Leaving Certificate Examination (including Day School Certificate (Higher) General paper), 1933
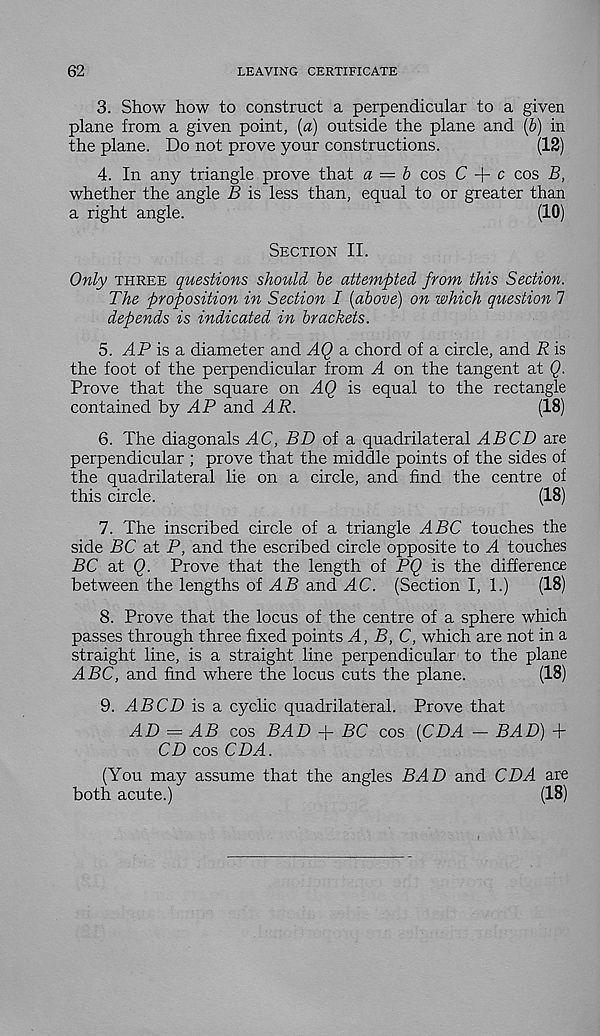
62
LEAVING CERTIFICATE
3. Show how to construct a perpendicular to a given
plane from a given point, [a) outside the plane and (6) in
the plane. Do not prove your constructions.
(12)
4. In any triangle prove that a = b cos C + c cos B,
whether the angle B is less than, equal to or greater than
a right angle.
(10)
Section II.
Only three questions should be attempted from this Section.
The proposition in Section I [above) on which question 1
depends is indicated in brackets.
5. AP is a diameter and AQ a chord of a circle, and R is
the foot of the perpendicular from A on the tangent at Q.
Prove that the square on AQ is equal to the rectangle
contained by AP and AR.
(18)
6. The diagonals AC, BD of a quadrilateral ABCD are
perpendicular ; prove that the middle points of the sides of
the quadrilateral lie on a circle, and find the centre of
this circle.
(18)
7. The inscribed circle of a triangle ABC touches the
side BC at P, and the escribed circle opposite to A touches
BC at Q. Prove that the length of PQ is the difference
between the lengths of AB and AC. (Section I, 1.)
(18)
8. Prove that the locus of the centre of a sphere which
passes through three fixed points A, B, C, which are not in a
straight line, is a straight line perpendicular to the plane
ABC, and find where the locus cuts the plane.
(18)
9. ABCD is a cyclic quadrilateral. Prove that
AD = AB cos BAD + BC cos [CDA — BAD) +
CD cos CDA.
(You may assume that the angles BAD and CDA are
both acute.)
(18)